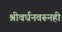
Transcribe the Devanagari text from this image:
श्रीवर्धनवरूनही